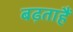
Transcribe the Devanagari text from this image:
बढ़ताहैं